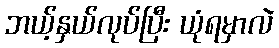
ဘယ့်နှယ်လုပ်ပြီး ယုံရမှာလဲ